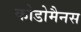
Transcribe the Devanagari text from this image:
कोडोमैनस